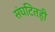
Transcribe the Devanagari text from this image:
संघटितही